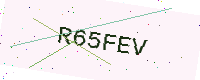
Text: R65FEV